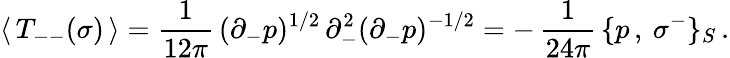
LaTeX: \langle\, T_{--}(\sigma)\, \rangle=\frac{1}{12\pi}\, (\partial_{-}p)^{1/2}\, \partial_{-}^{2}(\partial_{-}p)^{-1/2}=-\, \frac{1}{24\pi}\, \{ p\, ,\: \sigma^{-}\} _{S}\, .